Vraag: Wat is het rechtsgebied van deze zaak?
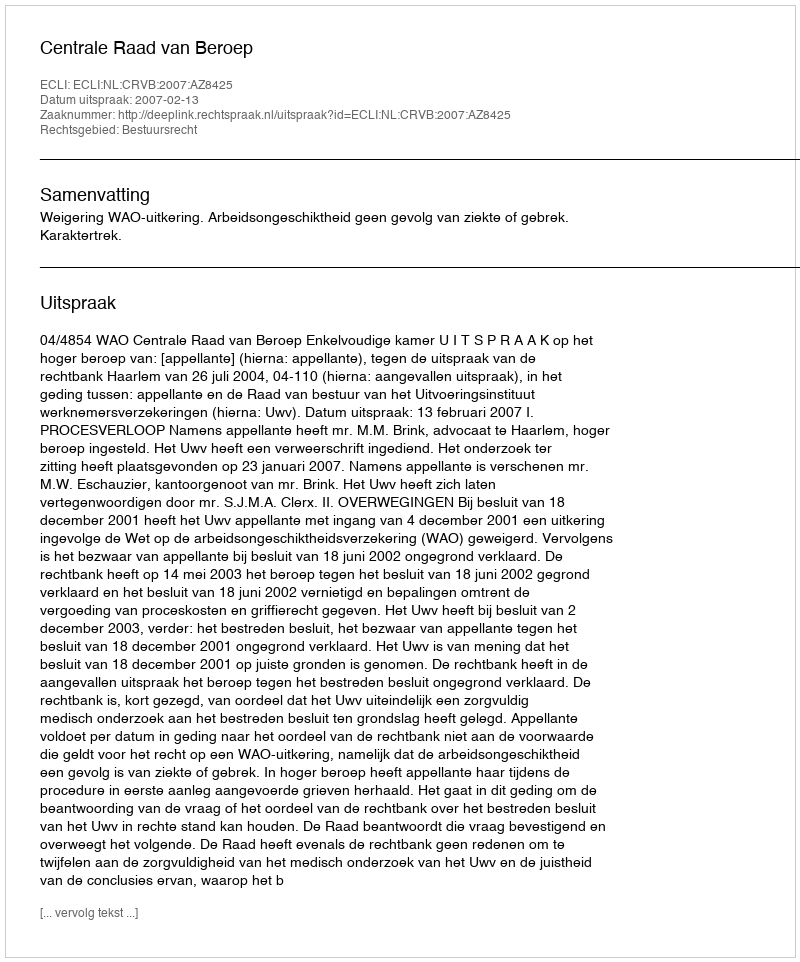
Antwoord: Bestuursrecht